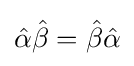
{\hat {\alpha }}{\hat {\beta }}={\hat {\beta }}{\hat {\alpha }}